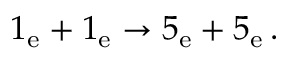
1 _ { \mathrm { e } } + 1 _ { \mathrm { e } } \rightarrow 5 _ { \mathrm { e } } + 5 _ { \mathrm { e } } \, .